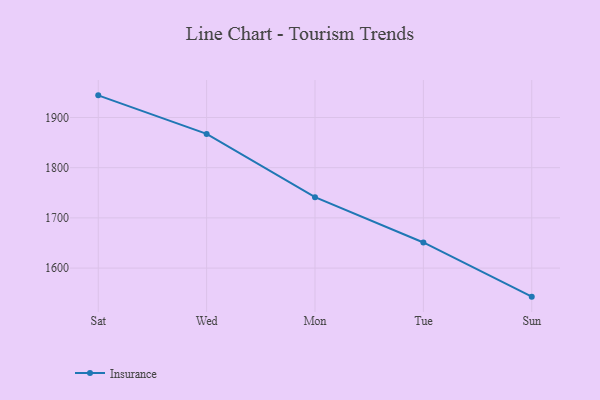
{"axis": {"x": "Day", "y": "Net Income (USD K)"}, "legend": ["Insurance"], "data": [{"x": "Sat", "y": 1944.1, "type": "Insurance"}, {"x": "Wed", "y": 1867.3, "type": "Insurance"}, {"x": "Mon", "y": 1741.2, "type": "Insurance"}, {"x": "Tue", "y": 1651.0, "type": "Insurance"}, {"x": "Sun", "y": 1543.1, "type": "Insurance"}]}